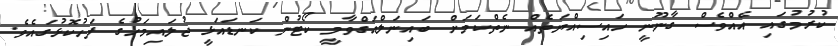
ކުރުމުގައި އެއްވެސް ގާނޫނީ ހައިސިއްޔަތެއް ނެތްކަމަށް ބައިނަލްއަގްވާމީ ކޯޓުން ކަނޑައަޅީ ޖުލައިމަހުގެ ފަހުކޮޅުގައެވެ.